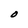
Character: O